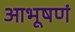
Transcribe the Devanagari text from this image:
आभूषणं